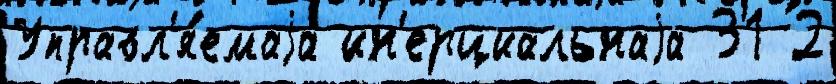
Управл'я́емаjа ин'ерциальнаjа 31 2